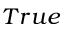
T r u e